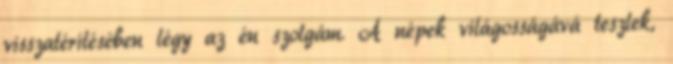
visszatérítésében légy az én szolgám. A népek világosságává teszlek,